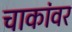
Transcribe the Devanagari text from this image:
चाकांवर